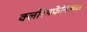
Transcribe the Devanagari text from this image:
क्लोरेमफेनिकाल